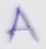
Text: A